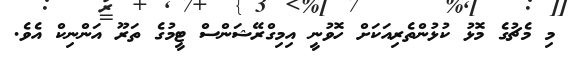
މި މެޗުގެ މޮޅު ކުޅުންތެރިއަކަށް ހޮވުނީ އިމިގްރޭޝަންސް ޓީމުގެ ތަރޫ އަންނިކް އެވެ.